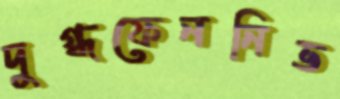
দুগ্ধফেননিভ